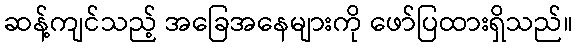
ဆန့်ကျင်သည့် အခြေအနေများကို ဖော်ပြထားရှိသည်။